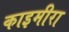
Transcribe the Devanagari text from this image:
काइमीरा